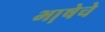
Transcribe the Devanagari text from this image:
भा़षेचे